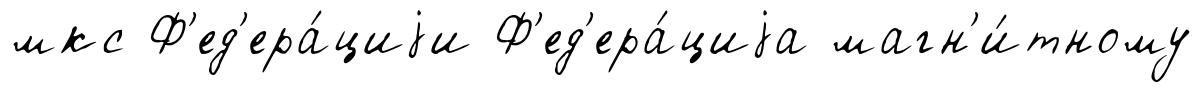
мкс Ф'ед'ера́циjи Ф'ед'ера́циjа магн'и́тному